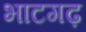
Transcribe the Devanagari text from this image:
भाटगढ़